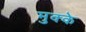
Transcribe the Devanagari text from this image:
मुक्‍के